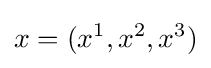
x=(x^{1},x^{2},x^{3})